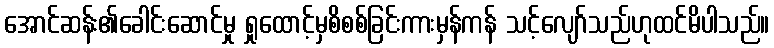
အောင်ဆန်း၏ခေါင်းဆောင်မှု ရှုထောင့်မှစိစစ်ခြင်းကားမှန်ကန် သင့်လျော်သည်ဟုထင်မိပါသည်။